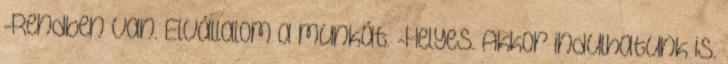
-Rendben van. Elvállalom a munkát. -Helyes. Akkor indulhatunk is.